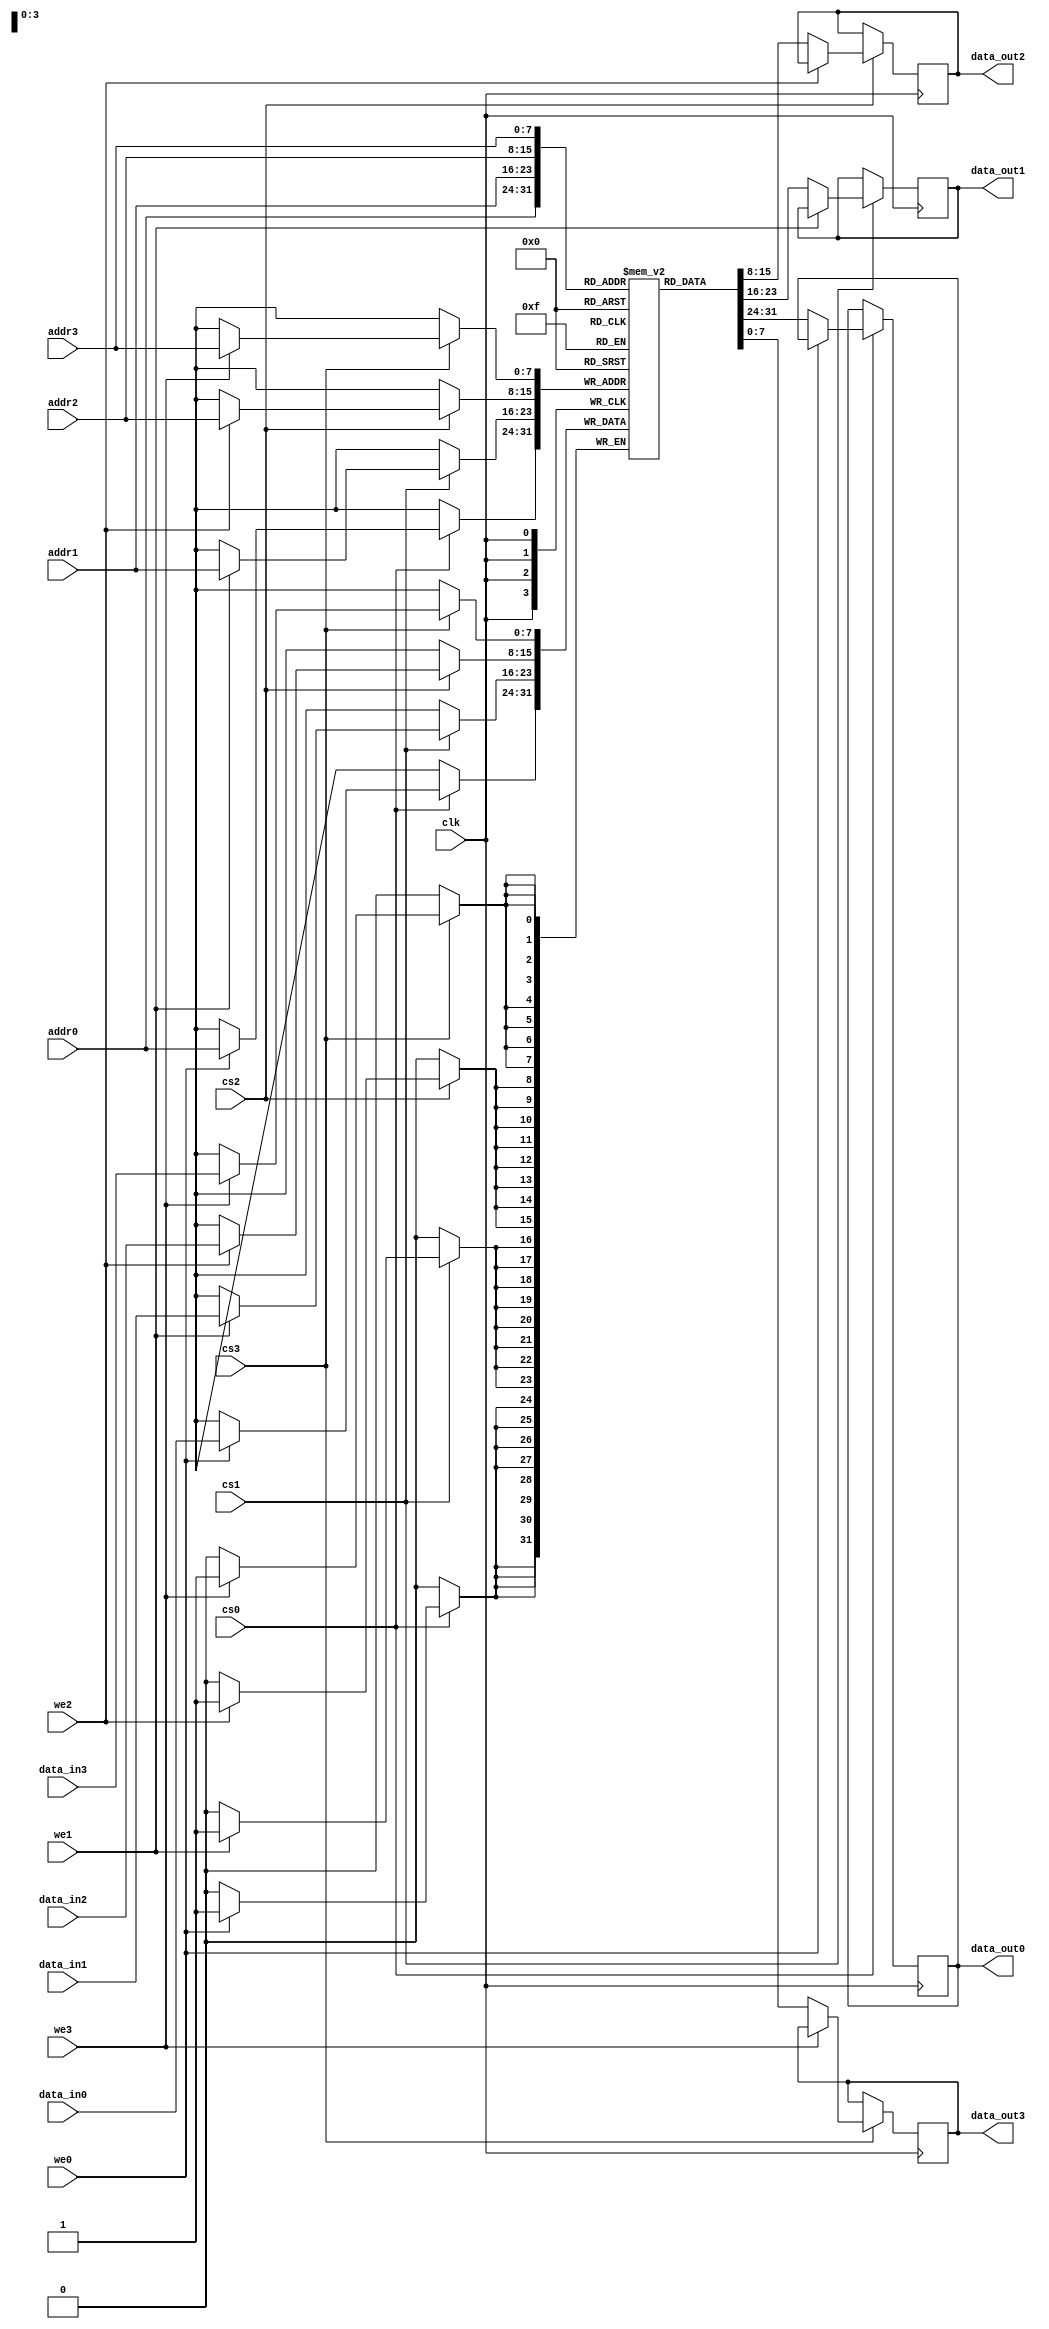
module quad_port_sram #(
    parameter DATA_WIDTH = 8,  // Width of data words (8, 16, 32 bits)
    parameter ADDR_WIDTH = 8,   // Number of address bits
    parameter MEM_DEPTH = 256    // Memory depth (2^ADDR_WIDTH)
)(
    input wire clk,               // Global clock
    input wire [ADDR_WIDTH-1:0] addr0, // Address for Port 0
    input wire [ADDR_WIDTH-1:0] addr1, // Address for Port 1
    input wire [ADDR_WIDTH-1:0] addr2, // Address for Port 2
    input wire [ADDR_WIDTH-1:0] addr3, // Address for Port 3
    input wire [DATA_WIDTH-1:0] data_in0, // Data input for Port 0
    input wire [DATA_WIDTH-1:0] data_in1, // Data input for Port 1
    input wire [DATA_WIDTH-1:0] data_in2, // Data input for Port 2
    input wire [DATA_WIDTH-1:0] data_in3, // Data input for Port 3
    input wire we0,               // Write Enable for Port 0
    input wire we1,               // Write Enable for Port 1
    input wire we2,               // Write Enable for Port 2
    input wire we3,               // Write Enable for Port 3
    input wire cs0,               // Chip Select for Port 0
    input wire cs1,               // Chip Select for Port 1
    input wire cs2,               // Chip Select for Port 2
    input wire cs3,               // Chip Select for Port 3
    output reg [DATA_WIDTH-1:0] data_out0, // Data output for Port 0
    output reg [DATA_WIDTH-1:0] data_out1, // Data output for Port 1
    output reg [DATA_WIDTH-1:0] data_out2, // Data output for Port 2
    output reg [DATA_WIDTH-1:0] data_out3  // Data output for Port 3
);

    // Memory array declaration
    reg [DATA_WIDTH-1:0] mem [0:MEM_DEPTH-1];

    // Port 0
    always @(posedge clk) begin
        if (cs0) begin
            if (we0) begin
                mem[addr0] <= data_in0; // Write operation
            end else begin
                data_out0 <= mem[addr0]; // Read operation
            end
        end
    end

    // Port 1
    always @(posedge clk) begin
        if (cs1) begin
            if (we1) begin
                mem[addr1] <= data_in1; // Write operation
            end else begin
                data_out1 <= mem[addr1]; // Read operation
            end
        end
    end

    // Port 2
    always @(posedge clk) begin
        if (cs2) begin
            if (we2) begin
                mem[addr2] <= data_in2; // Write operation
            end else begin
                data_out2 <= mem[addr2]; // Read operation
            end
        end
    end

    // Port 3
    always @(posedge clk) begin
        if (cs3) begin
            if (we3) begin
                mem[addr3] <= data_in3; // Write operation
            end else begin
                data_out3 <= mem[addr3]; // Read operation
            end
        end
    end

endmodule